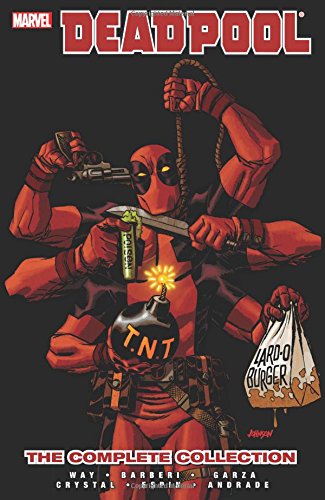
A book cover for Deadpool by Daniel Way: The Complete Collection Volume 4; Daniel Way; Comics & Graphic Novels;